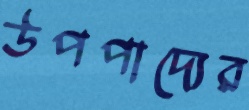
উপপাদ্যের